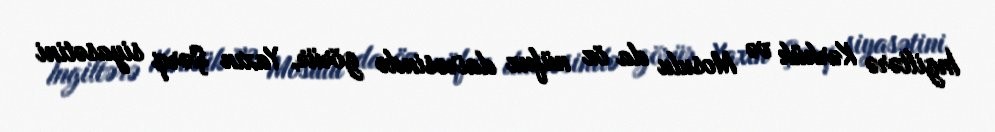
İngiltərə Kərkük və Mosulu da öz nüfuz dairəsində görür, Yaxın Şərq siyasətini